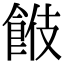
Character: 𩛑